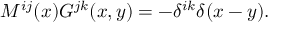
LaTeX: M ^ { i j } ( x ) G ^ { j k } ( x , y ) = - \delta ^ { i k } \delta ( x - y ) .